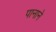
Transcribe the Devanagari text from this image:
पानाने